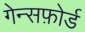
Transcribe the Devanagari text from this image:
गेन्सफ़ोर्ड